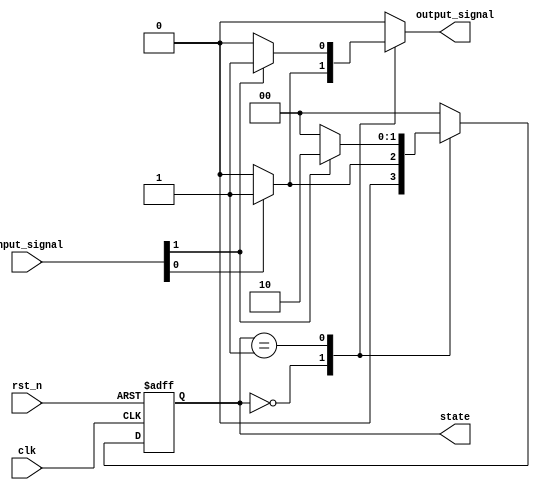
module MealyFSM #(parameter N = 2, parameter INPUT_WIDTH = 2) (
    input wire clk,
    input wire rst_n,
    input wire [INPUT_WIDTH-1:0] input_signal,
    output reg [N-1:0] state,
    output reg output_signal
);

// State encoding
localparam STATE_0 = 2'b00;
localparam STATE_1 = 2'b01;
localparam STATE_2 = 2'b10;

// Next state logic
reg [N-1:0] next_state;

// State register
always @(posedge clk or negedge rst_n) begin
    if (!rst_n)
        state <= STATE_0; // Initialize to state 0 on reset
    else
        state <= next_state; // Update state on clock edge
end

// Next state and output logic
always @(*) begin
    case (state)
        STATE_0: begin
            if (input_signal[0]) begin
                next_state = STATE_1;
                output_signal = 1'b1; // Output based on Mealy condition
            end else begin
                next_state = STATE_0;
                output_signal = 1'b0;
            end
        end
        
        STATE_1: begin
            if (input_signal[1]) begin
                next_state = STATE_2;
                output_signal = 1'b1; // Output based on Mealy condition
            end else begin
                next_state = STATE_0;
                output_signal = 1'b0;
            end
        end
        
        STATE_2: begin
            next_state = STATE_0; // Transition to state 0
            output_signal = 1'b0; // Output based on Mealy condition
        end
        
        default: begin
            next_state = STATE_0; // Default state
            output_signal = 1'b0; 
        end
    endcase
end

endmodule